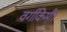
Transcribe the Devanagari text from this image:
वर्गकिमी।